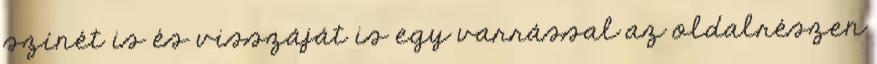
színét is és visszáját is egy varrással az oldalrészen